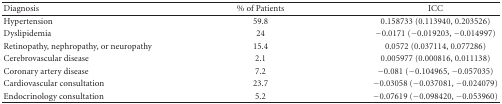
<table><thead><tr><td><b>Diagnosis</b></td><td><b>% of Patients</b></td><td><b> ICC</b></td></tr></thead><tbody><tr><td>Hypertension</td><td>59.8</td><td>0.158733 (0.113940, 0.203526)</td></tr><tr><td>Dyslipidemia</td><td>24</td><td>−0.0171 (−0.019203, −0.014997)</td></tr><tr><td>Retinopathy, nephropathy, or neuropathy</td><td>15.4</td><td>0.0572 (0.037114, 0.077286)</td></tr><tr><td>Cerebrovascular disease</td><td>2.1</td><td>0.005977 (0.000816, 0.011138)</td></tr><tr><td>Coronary artery disease</td><td>7.2</td><td>−0.081 (−0.104965, −0.057035)</td></tr><tr><td>Cardiovascular consultation</td><td>23.7</td><td>−0.03058 (−0.037081, −0.024079)</td></tr><tr><td>Endocrinology consultation</td><td>5.2</td><td>−0.07619 (−0.098420, −0.053960)</td></tr></tbody></table>